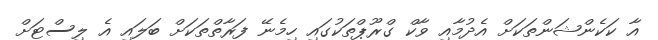
އާ ކަކެންޝަންތަކަށް އެދުމާއި ވާކް ގްރޫޕްތަކުގައި ހިމެނޭ ފަރާތްތަކަށް ބަލައި އެ ލިސްޓަށް